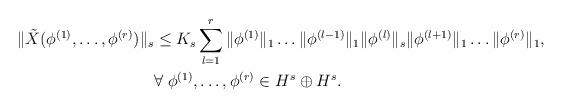
LaTeX: \begin{align*} \|\tilde X(\phi^{(1)},\ldots,\phi^{(r)})\|_s &\leq K_s \sum_{l=1}^r \|\phi^{(1)}\|_1 \ldots \|\phi^{(l-1)}\|_1 \|\phi^{(l)}\|_s \|\phi^{(l+1)}\|_1 \ldots \|\phi^{(r)}\|_1, \\&\forall \; \phi^{(1)},\ldots,\phi^{(r)} \in H^s \oplus H^s. \end{align*}